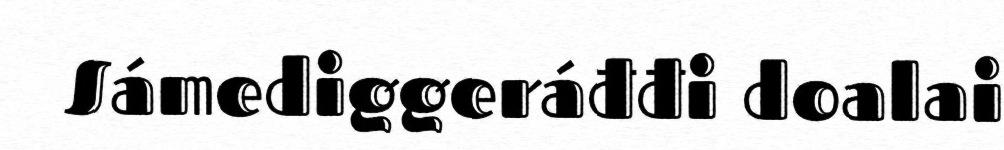
Sámediggeráđđi doalai